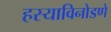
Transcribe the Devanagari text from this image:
हस्याविनोडणे